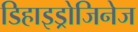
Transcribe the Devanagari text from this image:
डिहाइड्रोजिनेज